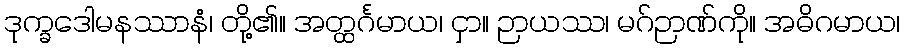
ဒုက္ခဒေါမနဿာနံ၊ တို့၏။ အတ္ထင်္ဂမာယ၊ ငှာ။ ဉာယဿ၊ မဂ်ဉာဏ်ကို။ အဓိဂမာယ၊